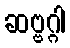
ဆဗ္ဗဂ္ဂါ